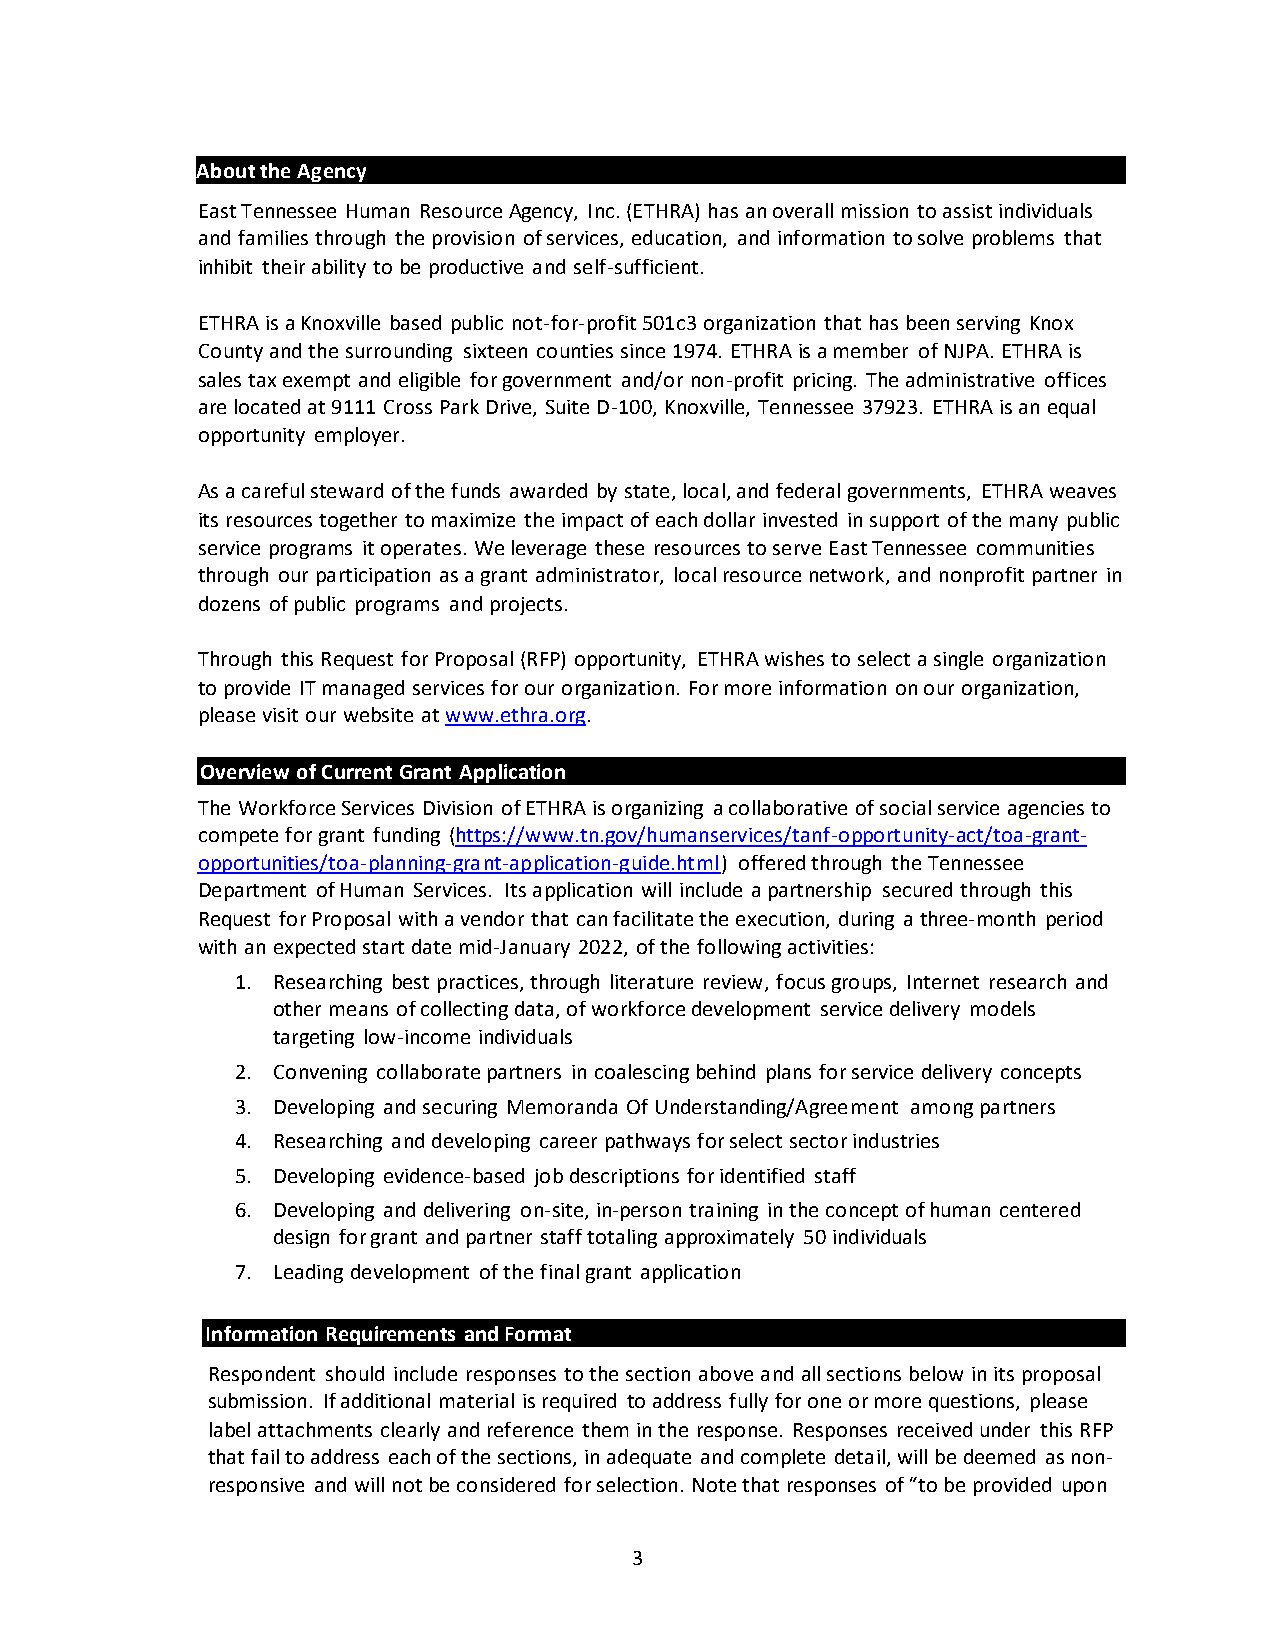
About the Agency
 East Tennessee Human Resource Agency, Inc. (ETHRA) has an overall mission to assist individuals
 and families through the provision of services, education, and information to solve problems that
 inhibit their ability to be productive and self-sufficient.
 ETHRA is a Knoxville based public not-for-profit 501c3 organization that has been serving Knox
 County and the surrounding sixteen counties since 1974. ETHRA is a member of NJPA. ETHRA is
 sales tax exempt and eligible for government and/or non-profit pricing. The administrative offices
 are located at 9111 Cross Park Drive, Suite D-100, Knoxville, Tennessee 37923. ETHRA is an equal
 opportunity employer.
 As a careful steward of the funds awarded by state, local, and federal governments, ETHRA weaves
 its resources together to maximize the impact of each dollar invested in support of the many public
 service programs it operates. We leverage these resources to serve East Tennessee communities
 through our participation as a grant administrator, local resource network, and nonprofit partner in
 dozens of public programs and projects.
 Through this Request for Proposal (RFP) opportunity, ETHRA wishes to select a single organization
 to provide IT managed services for our organization. For more information on our organization,
 please visit our website at www.ethra.org.
 Overview of Current Grant Application
 The Workforce Services Division of ETHRA is organizing a collaborative of social service agencies to
 compete for grant funding (https://www.tn.gov/humanservices/tanf-opportunity-act/toa-grant-
 opportunities/toa-planning-grant-application-guide.html) offered through the Tennessee
 Department of Human Services. Its application will include a partnership secured through this
 Request for Proposal with a vendor that can facilitate the execution, during a three-month period
 with an expected start date mid-January 2022, of the following activities:
 1. Researching best practices, through literature review, focus groups, Internet research and
 other means of collecting data, of workforce development service delivery models
 targeting low-income individuals
 2. Convening collaborate partners in coalescing behind plans for service delivery concepts
 3. Developing and securing Memoranda Of Understanding/Agreement among partners
 4. Researching and developing career pathways for select sector industries
 5. Developing evidence-based job descriptions for identified staff
 6. Developing and delivering on-site, in-person training in the concept of human centered
 design for grant and partner staff totaling approximately 50 individuals
 7. Leading development of the final grant application
 Information Requirements and Format
 Respondent should include responses to the section above and all sections below in its proposal
 submission. If additional material is required to address fully for one or more questions, please
 label attachments clearly and reference them in the response. Responses received under this RFP
 that fail to address each of the sections, in adequate and complete detail, will be deemed as non-
 responsive and will not be considered for selection. Note that responses of “to be provided upon
 3